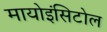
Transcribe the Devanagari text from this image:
मायोइंसिटोल